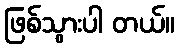
ဖြစ်သွားပါ တယ်။